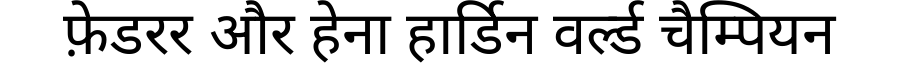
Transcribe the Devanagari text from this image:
फ़ेडरर और हेना हार्डिन वर्ल्ड चैम्पियन